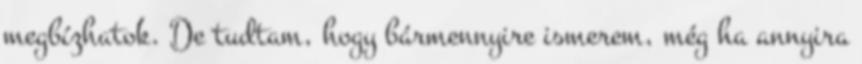
megbízhatok. De tudtam, hogy bármennyire ismerem, még ha annyira